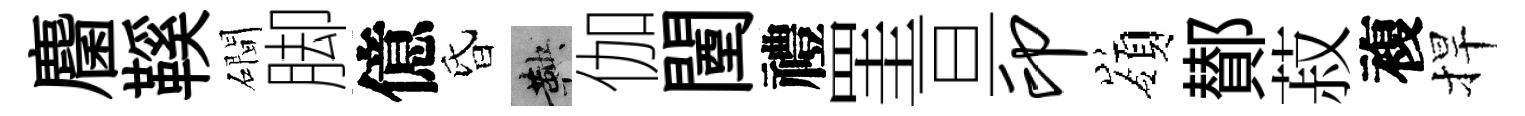
麕鞵磵脚億昏鞅伽闉禮罣亘印嶺鄼菽複捍